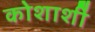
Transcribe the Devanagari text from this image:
कोशाशीं